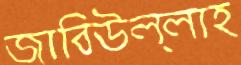
জাবিউল্লাহ